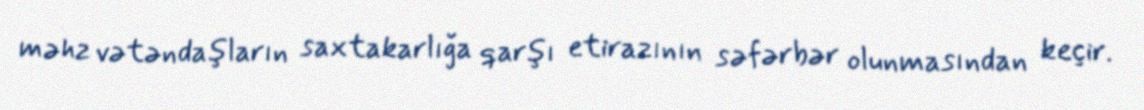
məhz vətəndaşların saxtakarlığa qarşı etirazının səfərbər olunmasından keçir.